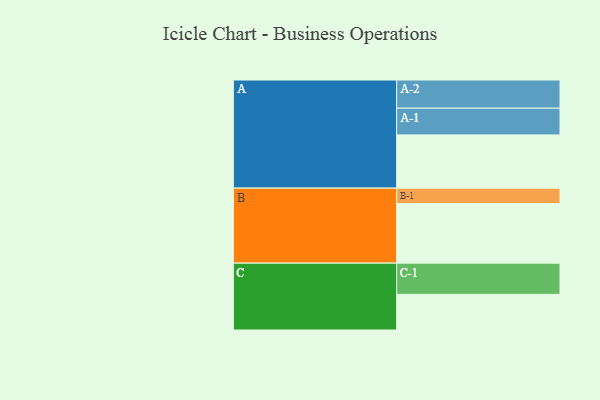
{"axis": {"x": "Segment", "y": "Value"}, "legend": ["", "A", "B", "C"], "data": [{"x": "A", "y": 495, "type": ""}, {"x": "B", "y": 554, "type": ""}, {"x": "C", "y": 332, "type": ""}, {"x": "A-1", "y": 249, "type": "A"}, {"x": "A-2", "y": 262, "type": "A"}, {"x": "B-1", "y": 144, "type": "B"}, {"x": "C-1", "y": 290, "type": "C"}]}